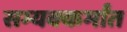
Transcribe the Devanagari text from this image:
सम्यक्कर्मांत